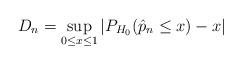
LaTeX: \begin{align*}D_n = \sup_{0 \leq x \leq 1} |P_{H_0}(\hat p_n \leq x) - x|\end{align*}